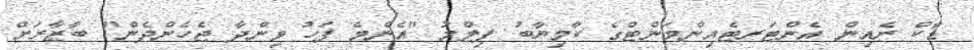
ޑާކް ރެއިން އެންޓަރޓެއިންމަންޓްގެ ކާމިޔާބު ފިލްމު "އެންމެ ފަހު ވިންދާ ޖެހެންދެން" ބާޒާރަށް